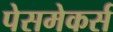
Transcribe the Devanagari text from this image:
पेसमेकर्स